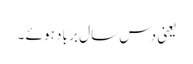
یعنی دس سال بر باد ہو ئے ۔